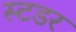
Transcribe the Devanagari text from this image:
स्टडर